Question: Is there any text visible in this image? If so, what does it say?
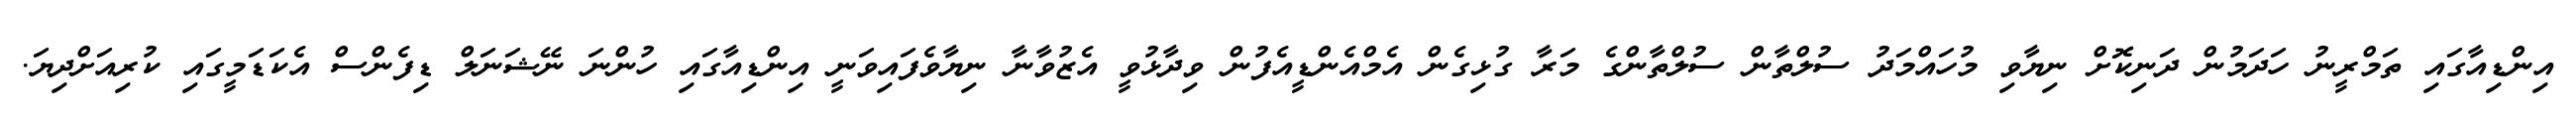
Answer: އިންޑިއާގައި ތަމްރީނު ހަދަމުން ދަނިކޮށް ނިޔާވި މުހައްމަދު ސުލްތާން ސުލްތާންގެ މަރާ ގުޅިގެން އެމްއެންޑީއެފުން ވިދާޅުވީ އެޒުވާނާ ނިޔާވެފައިވަނީ އިންޑިއާގައި ހުންނަ ނޭޝަނަލް ޑިފެންސް އެކަޑަމީގައި ކުރިއަށްދިޔަ.